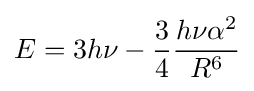
E=3h\nu -{\frac {3}{4}}{\frac {h\nu \alpha ^{2}}{R^{6}}}